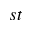
^ { s t }